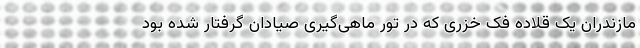
مازندران یک قلاده فک خزری که در تور ماهی‌گیری صیادان گرفتار شده بود